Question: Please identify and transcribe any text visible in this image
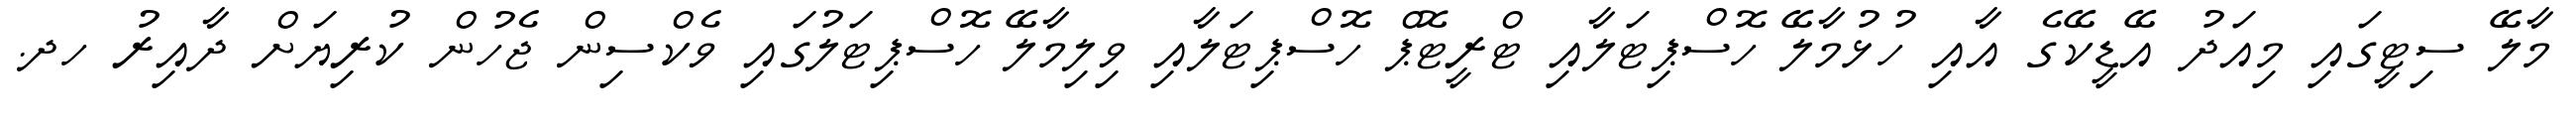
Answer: މާލޭ ސިޓީގައި މިއަދު އޭޑީކޭގެ އާއި ހުޅުމާލޭ ހޮސްޕިޓަލާއި ޓްރީޓޮޕް ހޮސްޕިޓަލާއި ވިލިމާލޭ ހޮސްޕިޓަލުގައި ވެކްސިން ޖެހުން ކުރިޔަށް ދާއިރު ހދ.